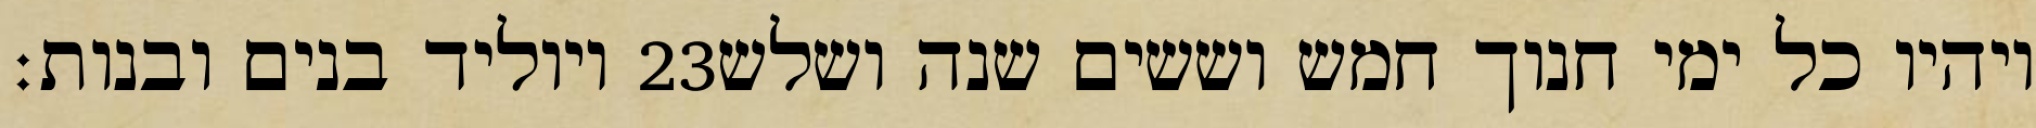
ויוליד בנים ובנות׃ ‎23‏ ויהיו כל ימי חנוך חמש וששים שנה ושלש